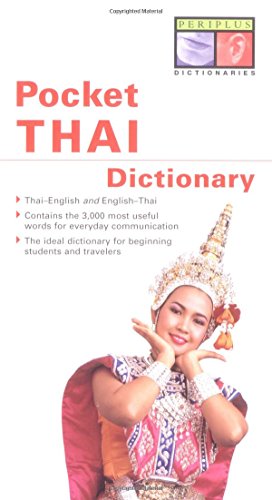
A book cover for Pocket Thai Dictionary: Thai-English English-Thai (Periplus Pocket Dictionaries); Benjawan Jai-Ua; Travel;